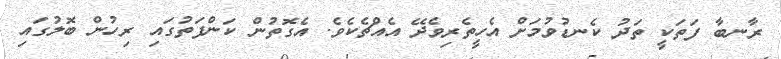
ރާނބާ ފަތަކީ ތަދު ކެނޑުވުމަށް އެހީތެރިވެދޭ އެއްޗެކެވެ. އެގޮތުން ކަންފަތުގައި ރިހުން ބޮލުގައި